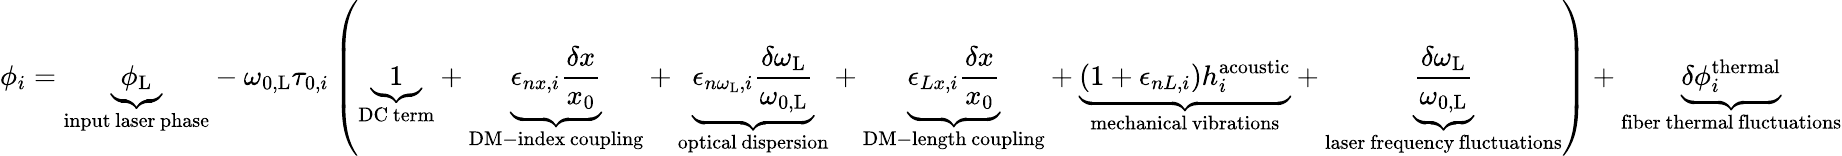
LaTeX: \phi_{i}=\underbrace{\phi_{\mathrm{L}}}_{\substack{\mathrm{input}\, \mathrm{laser}\, \mathrm{phase}}}-\omega_{0,\mathrm{L}}\tau_{0,i}\left(\underbrace{1}_{\mathrm{DC~term}}+\underbrace{\epsilon_{nx,i}\frac{\delta x}{x_{0}}}_{\substack{\mathrm{DM-index}\, \mathrm{coupling}}}+\underbrace{\epsilon_{n\omega_{\mathrm{L}},i}\frac{\delta\omega_{\mathrm{L}}}{\omega_{0,\mathrm{L}}}}_{\substack{\mathrm{optical}\, \mathrm{dispersion}}}+\underbrace{\epsilon_{Lx,i}\frac{\delta x}{x_{0}}}_{\substack{\mathrm{DM-length}\, \mathrm{coupling}}}+\underbrace{\left(1+\epsilon_{nL,i}\right)h_{i}^{\mathrm{acoustic}}}_{\substack{\mathrm{mechanical}\, \mathrm{vibrations}}}+\underbrace{\frac{\delta\omega_{\mathrm{L}}}{\omega_{0,\mathrm{L}}}}_{\substack{\mathrm{laser~frequency}\, \mathrm{fluctuations}}}\right)+\underbrace{\delta\phi_{i}^{\mathrm{thermal}}}_{\substack{\mathrm{fiber~thermal}\, \mathrm{fluctuations}}}